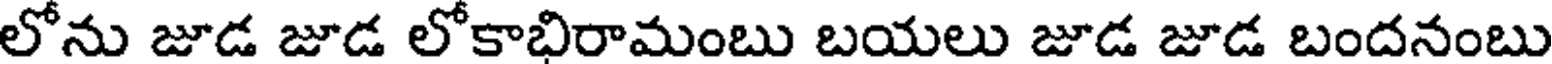
లోను జూడ జూడ లోకాభిరామంబు బయలు జూడ జూడ బందనంబు